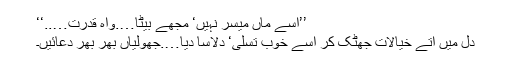
’’اسے ماں میسر نہیں‘ مجھے بیٹا….واہ قدرت…..‘‘
دل میں آتے خیالات جھٹک کر اسے خوب تسلی‘ دلاسا دیا….جھولیاں بھر بھر دعائیں۔